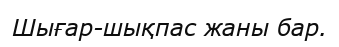
Шығар-шықпас жаны бар.